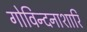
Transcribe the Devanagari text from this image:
गोविन्दनाशारि